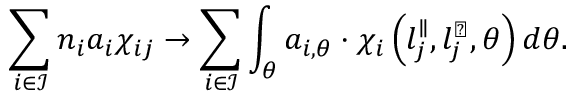
\sum _ { i \in \mathcal { I } } { n _ { i } a _ { i } \chi _ { i j } } \rightarrow \sum _ { i \in \mathcal { I } } \int _ { \theta } { a _ { i , \theta } \cdot \chi _ { i } \left( l _ { j } ^ { \parallel } , l _ { j } ^ { \perp } , \theta \right) d \theta } .